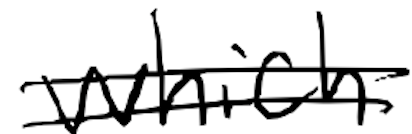
Text: which
Cross-out: double-line
Writing tool: digital_black